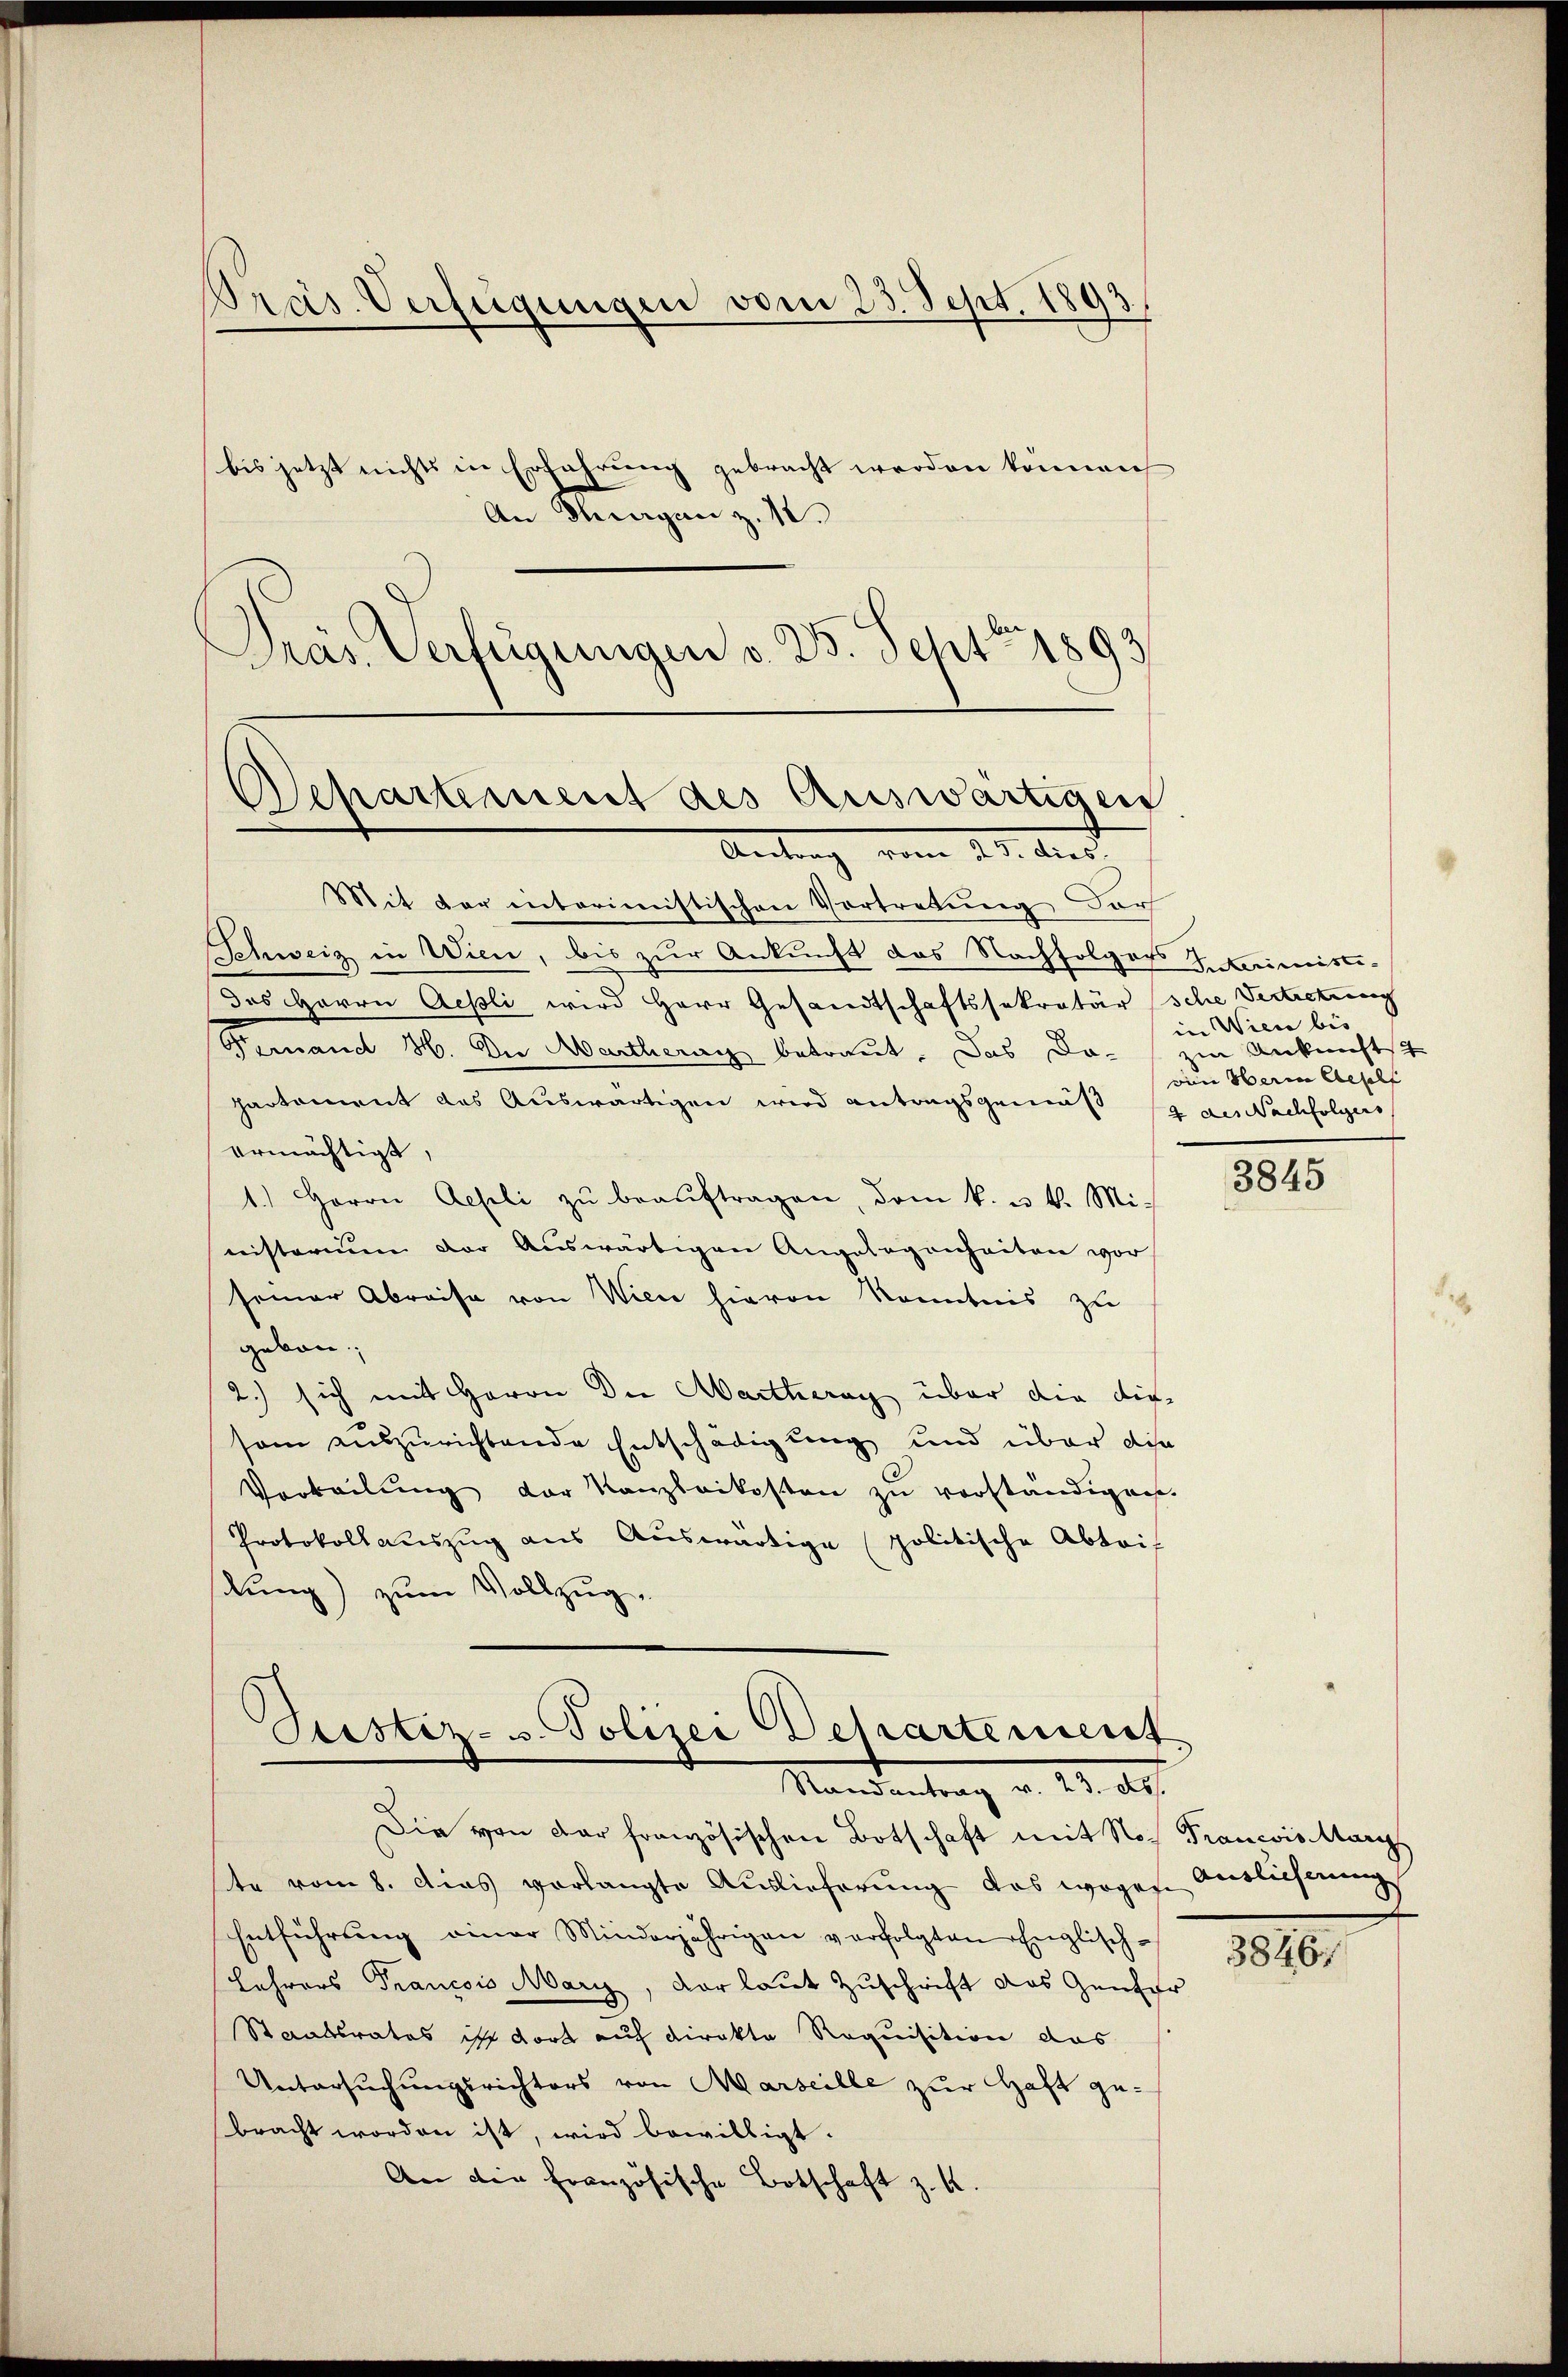
Präs. Verfügungen vom 23. Sept. 1893
bis jetzt nichts in Erfahrung gebracht werden können
An Thiergan z. 12.

Pras Verfügungen v. 25. Sept 1893

Mit der interimistischen Vertretung der
Schweiz in Wien, bis zur Ankunft das Nachfolger Interimiste-
das Herrn Aepli wird Herr Gesandtschaftssekretär sche Vertretung
Vernand H. Die Martheranz betraut. Das Do-
partement das Auswärtigen wird antragsgemäß 4 des Nachfolgers
ermächtigt,
1.) Herrn Geseli zŭ beaŭftragen, dem k. u. k. Mi-
nisterium der Auswärtigen Angelegenheiten vor
seiner Abreise von Wien hievon Kenntnis zu
gebau
2.) sich mit Herrn Die Martherag über die die
sam auszurichtende Entschädigung und über die
Vorteilung der Kanzlaikosten zŭ verständigen.
Protokoll auszug aus Auswärtige politische Abtrit
lung) zum Vollzug.
Sistiz- u. Polizei Departement

Departement des Auswärtigen
Antrag vom 11. Aust

Mandentrag v. 18. d.

in Wien bis,
zu Ankunftst
von Herrn Gesell

Die von der französischen Botschaft mit No Francois Marg
ste vom 8. dies vorlangte Auslieferung das wogen Auslieferung
Entführŭng einer Minderjährigen verfolgten Englisch-
Lehrers Francois Marz, der laut Zuschrift das Genfer
Staatsrates ist dort auf Direkte Requisition das
Untersuchungsrichters von Marseille zur Haft gebracht worden ist, wird bewilligt.
An die französische Botschaft z. K.

3845

1810.